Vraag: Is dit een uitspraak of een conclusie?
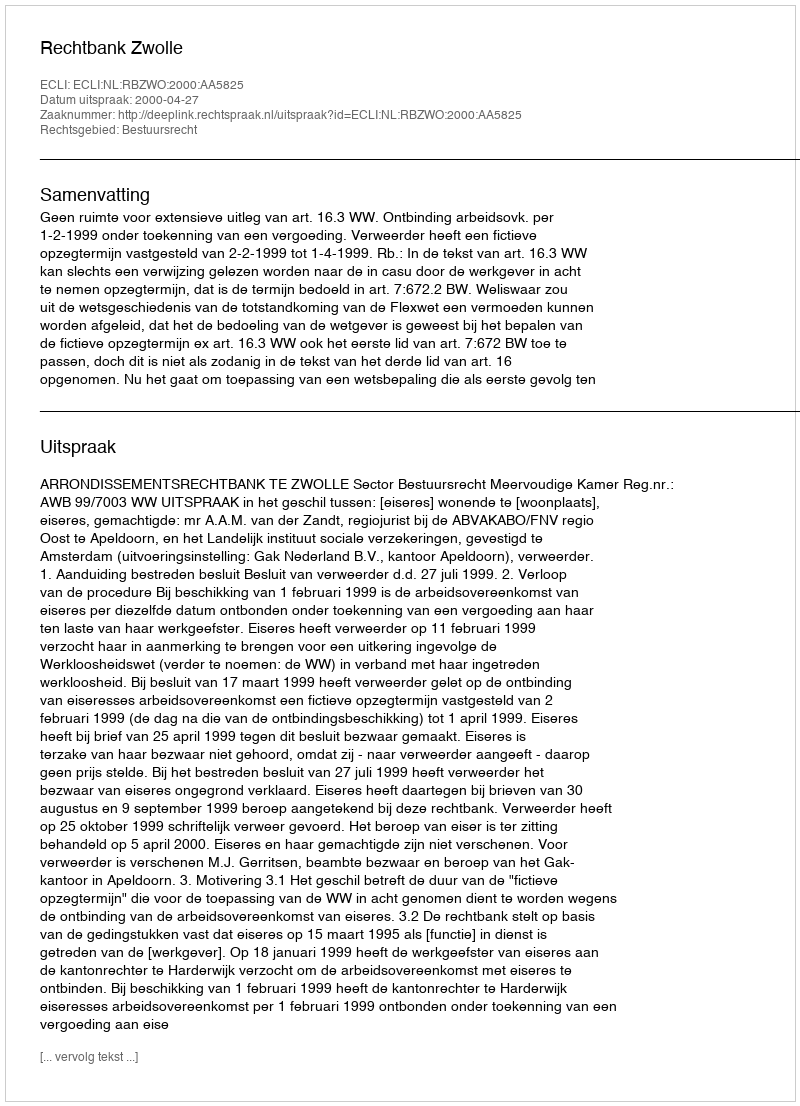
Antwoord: Uitspraak